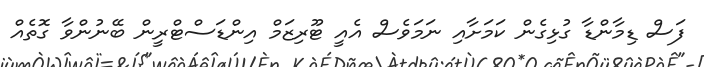
ފަސް ޑިމާންޑާ ގުޅިގެން ކަމަށާއި ނަމަވެސް އެއީ ޓޫރިޒަމް އިންޑަސްޓްރީން ބޭނުންވާ ގޮތެއް